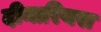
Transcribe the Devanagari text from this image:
दीनारियस